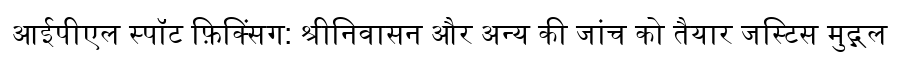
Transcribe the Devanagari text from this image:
आईपीएल स्पॉट फ़िक्सिंग: श्रीनिवासन और अन्य की जांच को तैयार जस्टिस मुद्गल